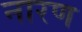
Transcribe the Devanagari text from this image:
नारण